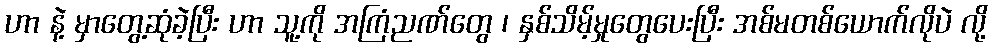
ဟာ နဲ့ မှာတွေ့ဆုံခဲ့ပြီး ဟာ သူ့ကို အကြံညဏ်တွေ ၊ နှစ်သိမ့်မှုတွေပေးပြီး အစ်မတစ်ယောက်လိုပဲ လို့